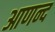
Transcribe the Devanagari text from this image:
आणन्द